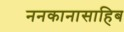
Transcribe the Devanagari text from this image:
ननकानासाहिब